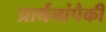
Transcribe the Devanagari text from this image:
प्रार्थनांपैकी